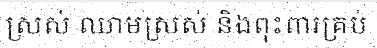
ស្រស់ ឈាមស្រស់ និងពុះពារគ្រប់